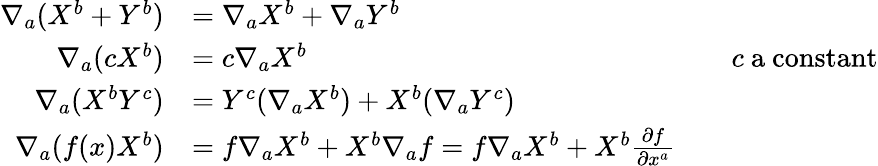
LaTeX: {\begin{array}{rlrl}{\nabla_{a}(X^{b}+Y^{b})}&{=\nabla_{a}X^{b}+\nabla_{a}Y^{b}}\\ {\nabla_{a}(cX^{b})}&{=c\nabla_{a}X^{b}}&&{c{\mathrm{~a~constant}}}\\ {\nabla_{a}(X^{b}Y^{c})}&{=Y^{c}(\nabla_{a}X^{b})+X^{b}(\nabla_{a}Y^{c})}\\ {\nabla_{a}(f(x)X^{b})}&{=f\nabla_{a}X^{b}+X^{b}\nabla_{a}f=f\nabla_{a}X^{b}+X^{b}{\frac{\partial f}{\partial x^{a}}}}\end{array}}